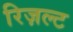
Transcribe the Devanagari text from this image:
रिज़ल्ट